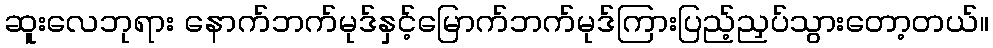
ဆူးလေဘုရား နောက်ဘက်မုဒ်နှင့်မြောက်ဘက်မုဒ်ကြားပြည့်ညှပ်သွားတော့တယ်။